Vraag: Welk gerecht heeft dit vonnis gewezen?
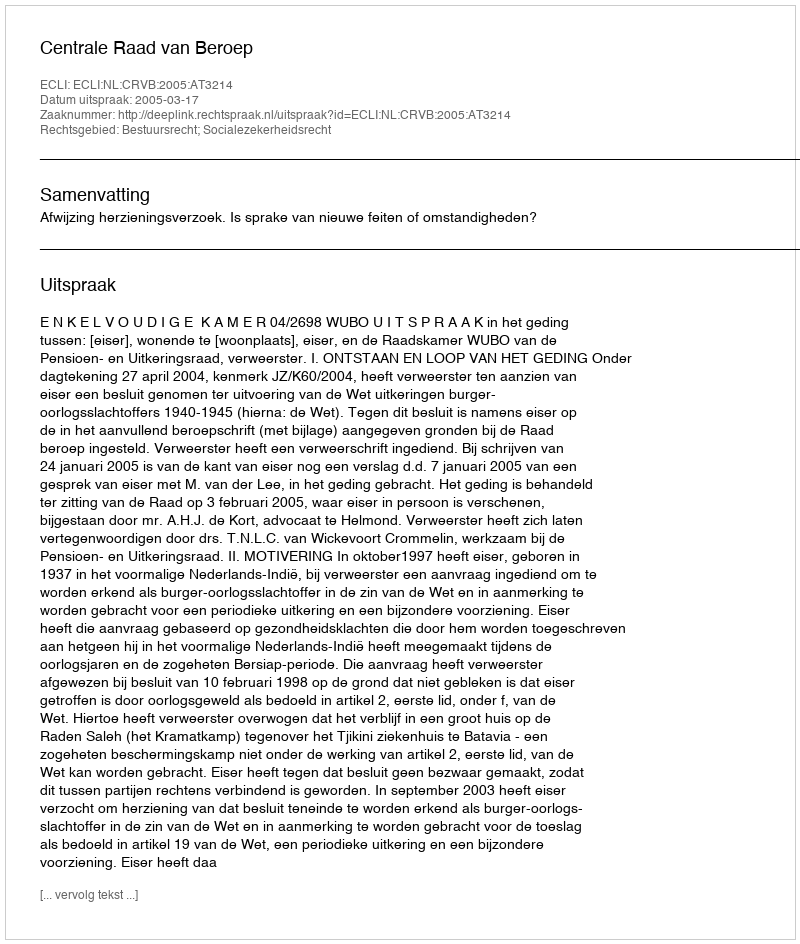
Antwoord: Centrale Raad van Beroep